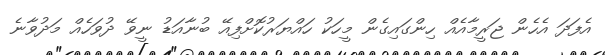
އެފަދަ އެހެން ޖަރީމާއެއް ހިންގައިގެން މީހަކު ހައްޔަރުކޮށްފިއޭ ބުނާއަޑު ނީވޭ ދުވަހެއް މަދުވާނެ